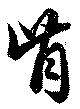
肯